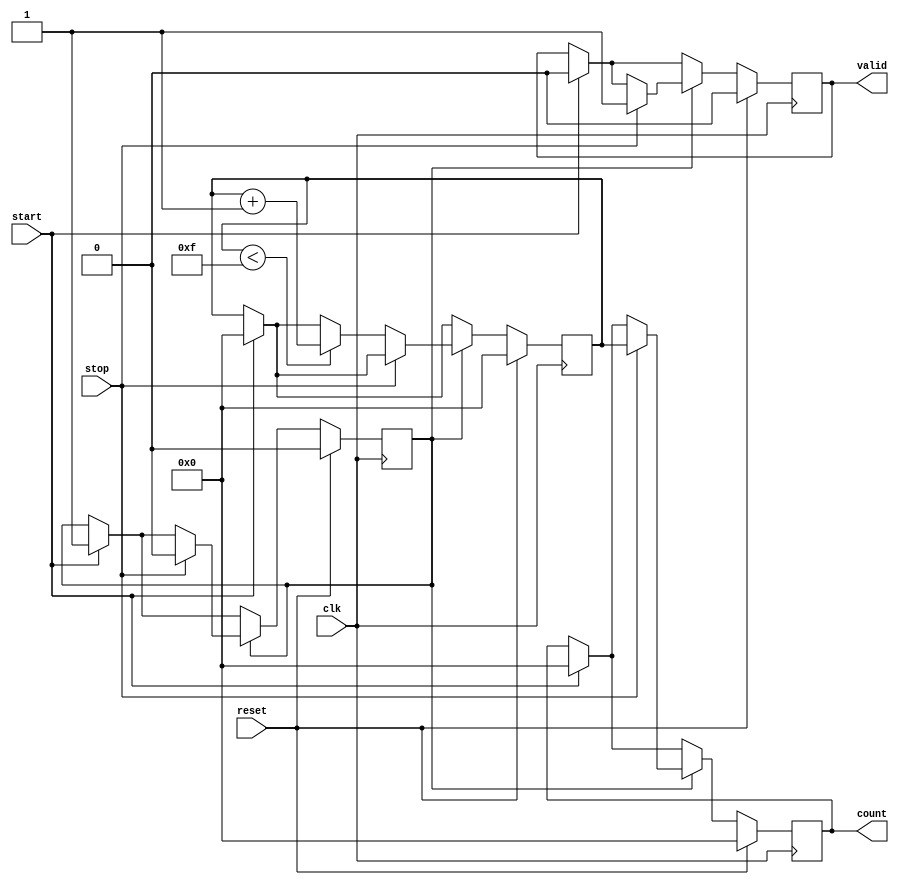
module tdc_delay_line #(
    parameter DELAY_CELLS = 16,  // Number of delay cells
    parameter COUNTER_WIDTH = 4   // Width of the counter (ceil(log2(DELAY_CELLS)))
)(
    input wire clk,                // System clock
    input wire reset,              // Reset signal
    input wire start,              // Start signal
    input wire stop,               // Stop signal
    output reg [COUNTER_WIDTH-1:0] count, // Output count value
    output reg valid               // Indicates valid count output
);
    
    reg [COUNTER_WIDTH-1:0] delay_counter; // Delay counter
    reg [DELAY_CELLS-1:0] delay_line;        // Delay line representation
    reg capturing;                           // Flag for capturing counts

    // Generate delay line (simple shift register)
    always @(posedge clk) begin
        if (reset) begin
            delay_line <= 0;
        end else if (capturing) begin
            delay_line <= {delay_line[DELAY_CELLS-2:0], 1'b1}; // Shift in a new pulse
        end
    end

    // Control logic for TDC operation
    always @(posedge clk) begin
        if (reset) begin
            count <= 0;
            valid <= 0;
            delay_counter <= 0;
            capturing <= 0;
        end else begin
            if (start) begin
                // Initialize count and enable capturing
                count <= 0;
                delay_counter <= 0;
                capturing <= 1;
                valid <= 0; 
            end
            
            if (capturing) begin
                // Increment the delay counter until stop is detected
                if (stop) begin
                    count <= delay_counter;  // Capture the final count
                    valid <= 1;              // Mark output as valid
                    capturing <= 0;          // Stop capturing
                end else begin
                    // Simulate the passing of delay, increase counter
                    if (delay_counter < DELAY_CELLS-1) begin
                        delay_counter <= delay_counter + 1;
                    end
                end
            end
        end
    end

endmodule